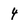
Character: 4